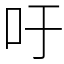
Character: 吁